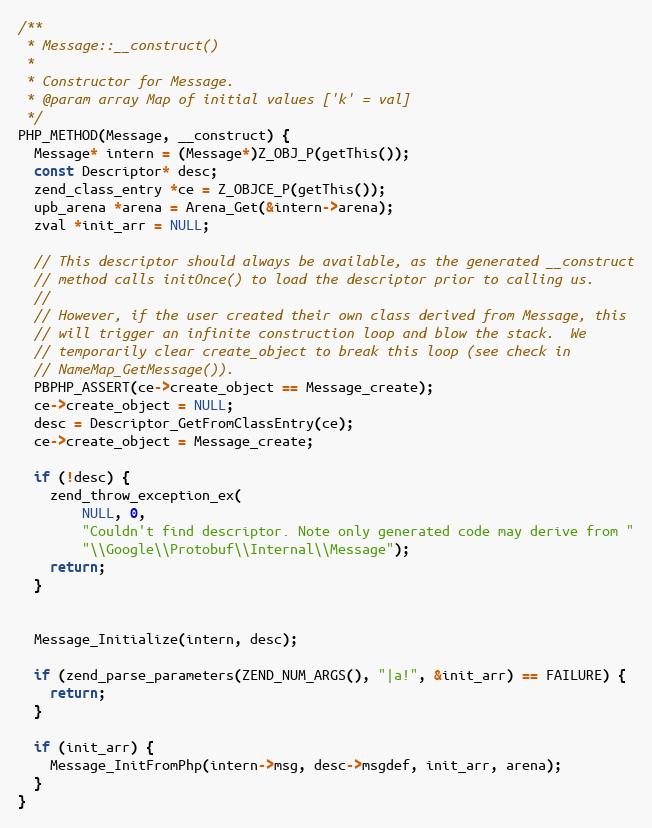
Language: C
/**
 * Message::__construct()
 *
 * Constructor for Message.
 * @param array Map of initial values ['k' = val]
 */
PHP_METHOD(Message, __construct) {
  Message* intern = (Message*)Z_OBJ_P(getThis());
  const Descriptor* desc;
  zend_class_entry *ce = Z_OBJCE_P(getThis());
  upb_arena *arena = Arena_Get(&intern->arena);
  zval *init_arr = NULL;

  // This descriptor should always be available, as the generated __construct
  // method calls initOnce() to load the descriptor prior to calling us.
  //
  // However, if the user created their own class derived from Message, this
  // will trigger an infinite construction loop and blow the stack.  We
  // temporarily clear create_object to break this loop (see check in
  // NameMap_GetMessage()).
  PBPHP_ASSERT(ce->create_object == Message_create);
  ce->create_object = NULL;
  desc = Descriptor_GetFromClassEntry(ce);
  ce->create_object = Message_create;

  if (!desc) {
    zend_throw_exception_ex(
        NULL, 0,
        "Couldn't find descriptor. Note only generated code may derive from "
        "\\Google\\Protobuf\\Internal\\Message");
    return;
  }

  Message_Initialize(intern, desc);

  if (zend_parse_parameters(ZEND_NUM_ARGS(), "|a!", &init_arr) == FAILURE) {
    return;
  }

  if (init_arr) {
    Message_InitFromPhp(intern->msg, desc->msgdef, init_arr, arena);
  }
}